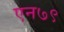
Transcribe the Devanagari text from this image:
एन७९